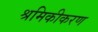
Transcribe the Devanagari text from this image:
श्रमिकीकरण